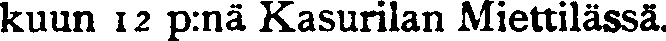
kuun 12 p:nä Kasurilan Miettilässä.